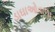
ડાઘાઓવાળા